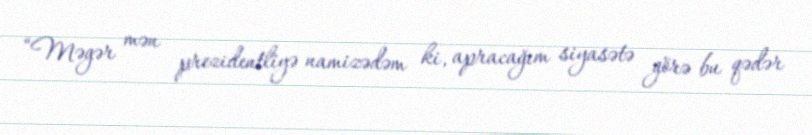
“Məgər mən prezidentliyə namizədəm ki, apracağım siyasətə görə bu qədər